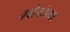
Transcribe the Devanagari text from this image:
नवीनतेच्या